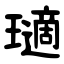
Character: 瓋